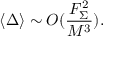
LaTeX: \langle \Delta \rangle \sim { \cal O } ( \frac { F _ { \Sigma } ^ { 2 } } { M ^ { 3 } } ) .